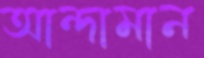
আন্দামান